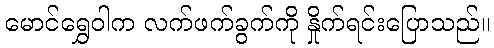
မောင်ရွှေဝါက လက်ဖက်ခွက်ကို နှိုက်ရင်းပြောသည်။